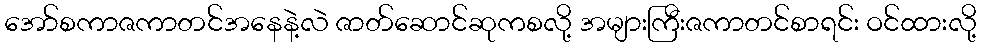
အော်စကာဇကာတင်အနေနဲ့လဲ ဇာတ်ဆောင်ဆုကစလို့ အများကြီးဇကာတင်စာရင်း ဝင်ထားလို့